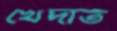
খেদাত